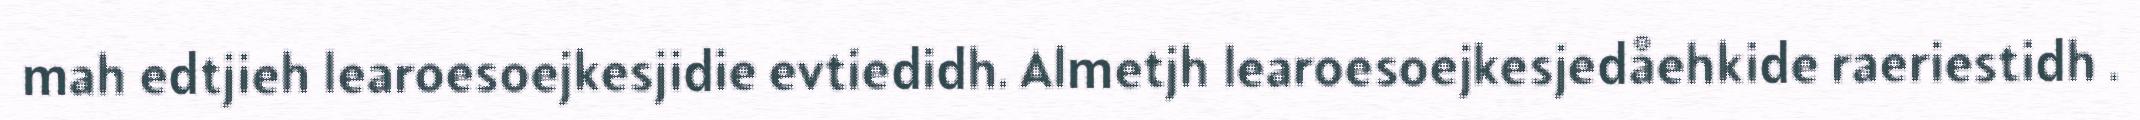
mah edtjieh learoesoejkesjidie evtiedidh. Almetjh learoesoejkesjedåehkide raeriestidh .